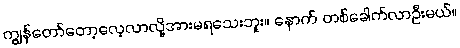
ကျွန်တော်တော့လေ့လာလို့အားမရသေးဘူး။ နောက် တစ်ခေါက်လာဦးမယ်။